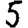
Digit: 5